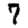
Digit: 7